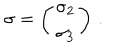
\mathbf { \sigma } = \left( \begin{array} { c } { { \sigma _ { 2 } } } \\ { { \sigma _ { 3 } } } \\ \end{array} \right) \, .